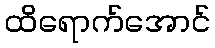
ထိရောက်အောင်